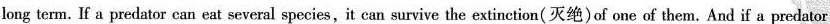
long term. If a predator can eat several species,it can survive the extinction( 灭绝)of one of them. And if a predator